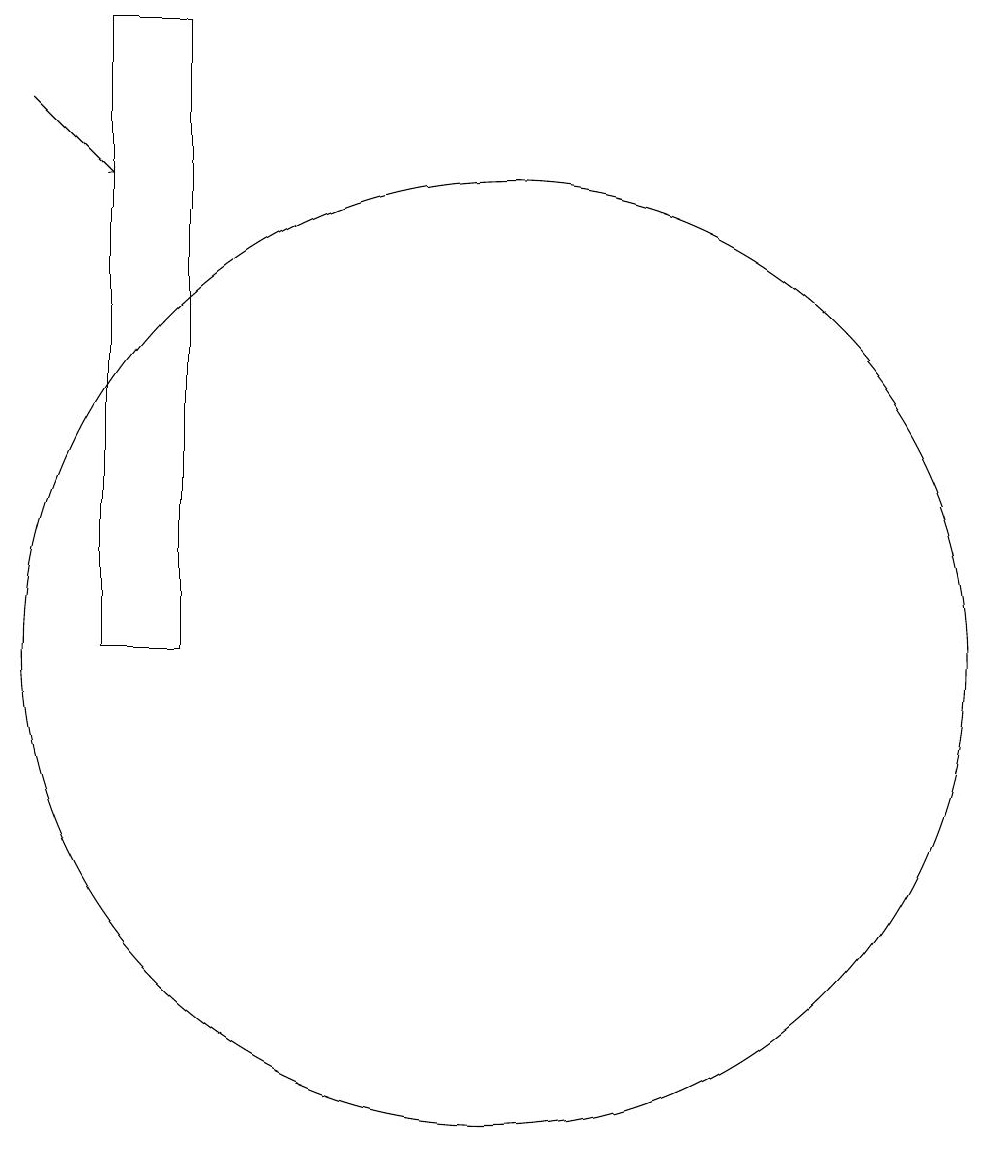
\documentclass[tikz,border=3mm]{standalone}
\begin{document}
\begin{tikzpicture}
\draw (12,11) circle (6);
\draw (7,19) rectangle (8,11);
\draw[->] (6,18) -- (7,17);
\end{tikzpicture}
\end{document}